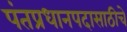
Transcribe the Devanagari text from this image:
पंतप्रधानपदासाठीचे